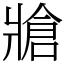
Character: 牄